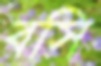
বসি